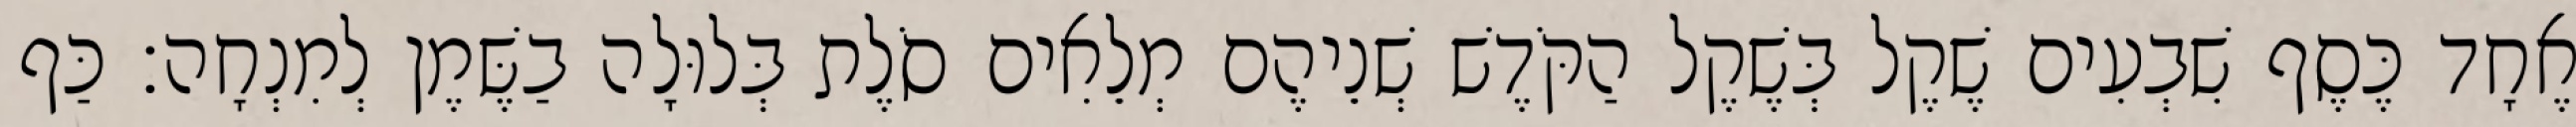
אֶחָד כֶּסֶף שִׁבְעִים שֶׁקֶל בְּשֶׁקֶל הַקֹּדֶשׁ שְׁנֵיהֶם מְלֵאִים סֹלֶת בְּלוּלָה בַשֶּׁמֶן לְמִנְחָה׃ כַּף